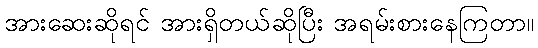
အားဆေးဆိုရင် အားရှိတယ်ဆိုပြီး အရမ်းစားနေကြတာ။